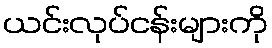
ယင်းလုပ်ငန်းများကို